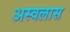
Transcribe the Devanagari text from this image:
अस्वलास